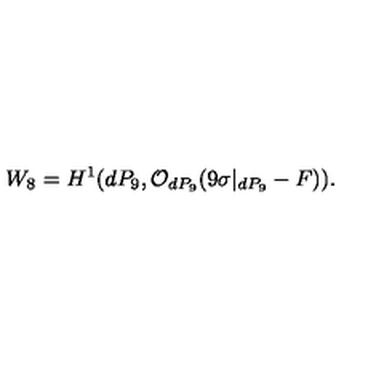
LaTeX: W _ { 8 } = H ^ { 1 } ( d P _ { 9 } , { \cal O } _ { d P _ { 9 } } ( 9 \sigma | _ { d P _ { 9 } } - F ) ) .